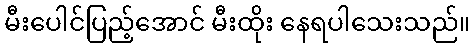
မီးပေါင်ပြည့်အောင် မီးထိုး နေရပါသေးသည်။